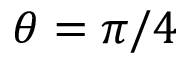
\theta = \pi / 4